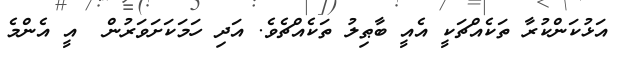
އަޅުކަންކުރާ ތަކެއްޗަކީ އެއީ ބާޠިލު ތަކެއްޗެވެ. އަދި ހަމަކަށަވަރުން  އީ އެންމެ